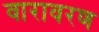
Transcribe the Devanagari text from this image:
वारावरण